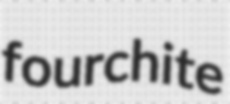
fourchite